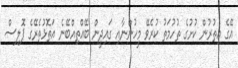
އޭގެ އިތުރުން ކުށުގެ ތުހުމަތު ކުރެވޭ މީހުންނާއި ގައިދީން ބޭއްތިއްބޭނެ އަތޮޅުތެރޭގެ ޕޮލިސް